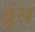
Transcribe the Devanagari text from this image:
ब्रुंस